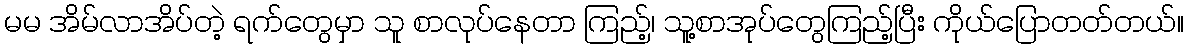
မမ အိမ်လာအိပ်တဲ့ ရက်တွေမှာ သူ စာလုပ်နေတာ ကြည့်၊ သူ့စာအုပ်တွေကြည့်ပြီး ကိုယ်ပြောတတ်တယ်။